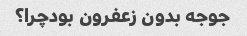
جوجه بدون زعفرون بودچرا؟